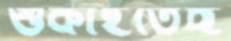
শুকাইতেছ